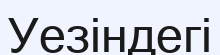
Уезіндегі